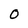
Character: 0